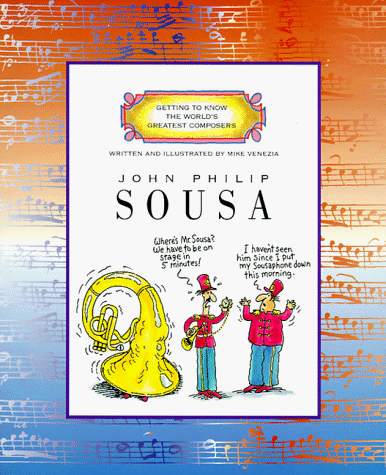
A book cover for John Philip Sousa (Getting to Know the World's Greatest Composers); Mike Venezia; Children's Books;